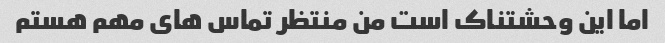
اما این وحشتناک است من منتظر تماس های مهم هستم